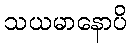
သယမာနောပိ